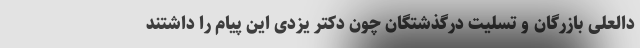
دالعلی بازرگان و تسلیت درگذشتگان چون دکتر یزدی این پیام را داشتند